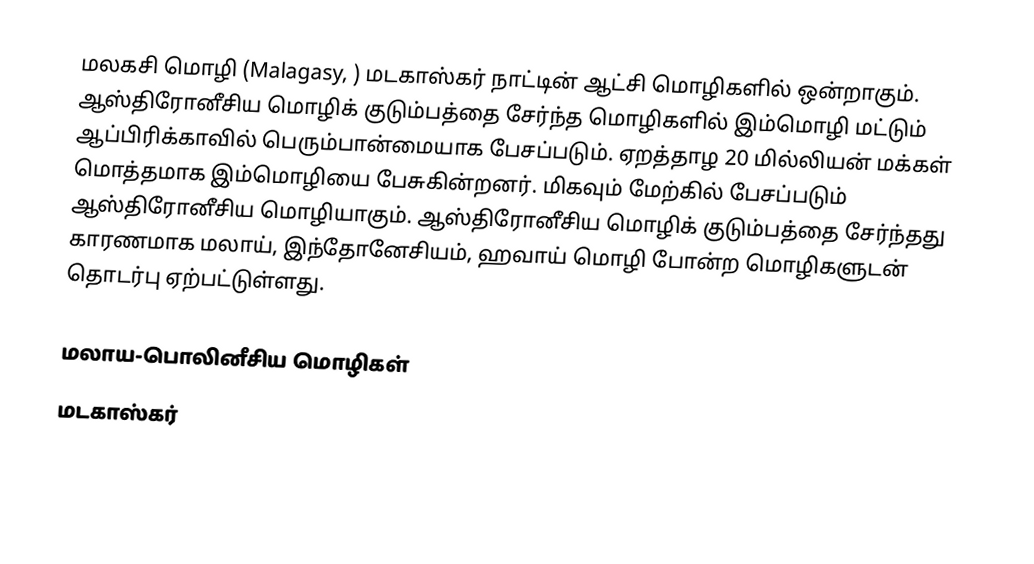
மலகசி மொழி (Malagasy, ) மடகாஸ்கர் நாட்டின் ஆட்சி மொழிகளில் ஒன்றாகும். ஆஸ்திரோனீசிய மொழிக் குடும்பத்தை சேர்ந்த மொழிகளில் இம்மொழி மட்டும் ஆப்பிரிக்காவில் பெரும்பான்மையாக பேசப்படும். ஏறத்தாழ 20 மில்லியன் மக்கள் மொத்தமாக இம்மொழியை பேசுகின்றனர். மிகவும் மேற்கில் பேசப்படும் ஆஸ்திரோனீசிய மொழியாகும். ஆஸ்திரோனீசிய மொழிக் குடும்பத்தை சேர்ந்தது காரணமாக மலாய், இந்தோனேசியம், ஹவாய் மொழி போன்ற மொழிகளுடன் தொடர்பு ஏற்பட்டுள்ளது.

மலாய-பொலினீசிய மொழிகள்
மடகாஸ்கர்